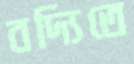
বদ্যিতে